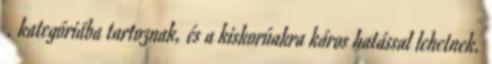
Ⅵ. kategóriába tartoznak, és a kiskorúakra káros hatással lehetnek.